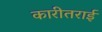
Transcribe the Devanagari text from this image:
कारीतराई